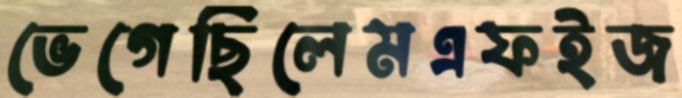
ভেগেছিলেমএফইজ